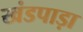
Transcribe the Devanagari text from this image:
खंडपाड़ा